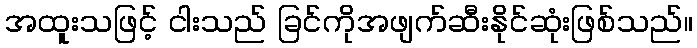
အထူးသဖြင့် ငါးသည် ခြင်ကိုအဖျက်ဆီးနိုင်ဆုံးဖြစ်သည်။